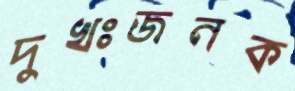
দুখঃজনক